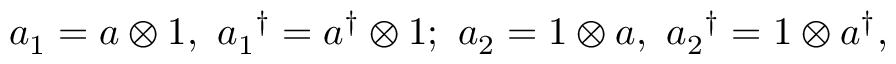
a _ { 1 } = a \otimes 1 , \ { a _ { 1 } } ^ { \dagger } = a ^ { \dagger } \otimes 1 ; \ a _ { 2 } = 1 \otimes a , \ { a _ { 2 } } ^ { \dagger } = 1 \otimes a ^ { \dagger } ,